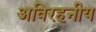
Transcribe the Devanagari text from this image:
अविरहनीय